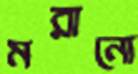
মরানো